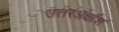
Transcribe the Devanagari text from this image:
उत्तरअक्षांश